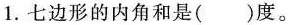
1.七边形的内角和是( )度。